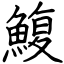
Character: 鰒